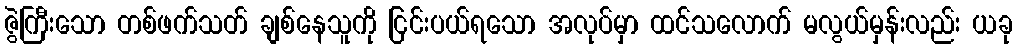
ဇွဲကြီးသော တစ်ဖက်သတ် ချစ်နေသူကို ငြင်းပယ်ရသော အလုပ်မှာ ထင်သလောက် မလွယ်မှန်းလည်း ယခု